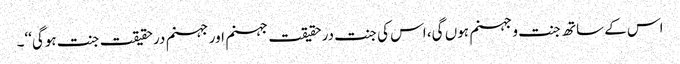
اس کے ساتھ جنت و جہنم ہوں گی، اس کی جنت درحقیقت جہنم اور جہنم درحقیقت جنت ہوگی‘‘۔